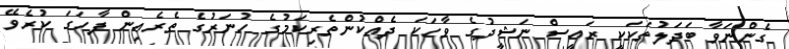
ގެންނަވާ ބަދަލުތަކަކީ ރައީސް ނަޝީދުގެ ވާހަކަ ދެއްކުންތެރިކަމުގެ ހުނަރުގެ ތެރެއިން ފާހަގަ ކުރެވޭ